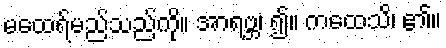
မထေရ်မည်သည်ကို။ အာရဗ္ဘ၊ ၍။ ကထေသိ၊ ၏။